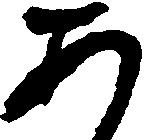
あ